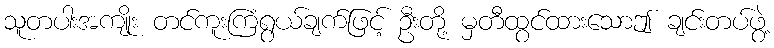
သူတပါးအကျိုး တင်ကူးကြံရွယ်ချက်ဖြင့် ဦးတို့ မှတီထွင်ထားသောဤ ချင်းတပ်ဖွဲ့